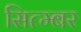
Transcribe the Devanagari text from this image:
सित्म्बर